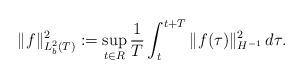
LaTeX: \begin{align*}\|f\|^2_{L^2_b(T)}:=\sup_{t\in R} \frac{1}{T}\int_t^{t+T}\|f(\tau)\|_{H^{-1}}^2 \, d\tau.\end{align*}